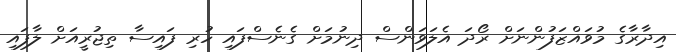
އިދާރާގެ މުވައްޒަފުންނަށް ރޯދަ އެލަވަންސް ދިނުމަށް ގެނެސްފައި ހުރި ފައިސާ ތިޖުރީއަށް ލާފައި